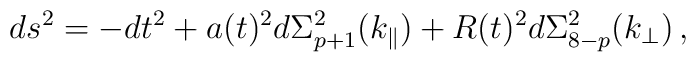
ds^{2} = -dt^{2} + a(t)^{2} d\Sigma^{2}_{p+1}(k_\parallel) +R(t)^{2} d\Sigma^{2}_{8-p}(k_\perp) \, ,